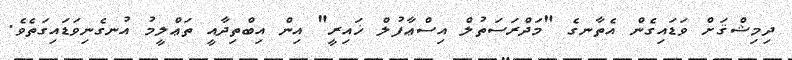
ދިމިޝްޤަށް ވަޑައިގެން އެތާނގެ "މަދްރަސަތުލް އިސްޢާފުލް ޚައިރީ" އިން އިބްތިދާއީ ތަޢްލީމު އުނގެނިވަޑައިގަތެވެ.